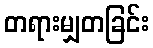
တရားမျှတခြင်း